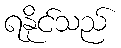
ရနိုင်သည်